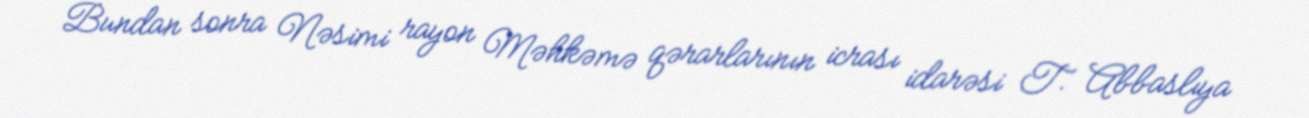
Bundan sonra Nəsimi rayon Məhkəmə qərarlarının icrası idarəsi T. Abbaslıya